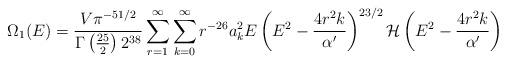
LaTeX: \begin{align*}\Omega_1(E)=\frac{V\pi^{-51/2}}{\Gamma\left(\frac{25}{2}\right)2^{38}}\sum_{r=1}^{\infty}\sum_{k=0}^{\infty}r^{-26}a_k^2E\left(E^2-\frac{4 r^2 k}{\alpha'}\right)^{23/2}{\cal H}\left(E^2-\frac{4 r^2 k}{\alpha'}\right)\vspace{4mm}\end{align*}